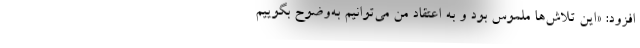
افزود: «این تلاش‌ها ملموس بود و به اعتقاد من می‌توانیم به‌وضوح بگوییم